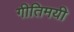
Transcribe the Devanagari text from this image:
गीतिमयी